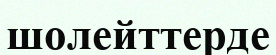
шолейттерде